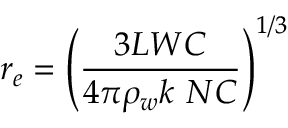
r _ { e } = \left( \frac { 3 L W C } { 4 \pi \rho _ { w } k ~ N C } \right) ^ { 1 / 3 }